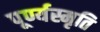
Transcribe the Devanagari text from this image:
पूर्ण्यस्मृति